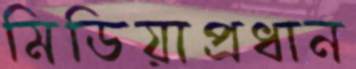
মিডিয়াপ্রধান